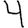
Digit: 4